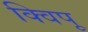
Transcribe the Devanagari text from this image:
क्विपू